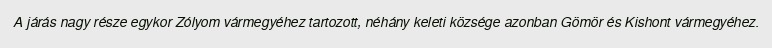
A járás nagy része egykor Zólyom vármegyéhez tartozott, néhány keleti községe azonban Gömör és Kishont vármegyéhez.